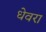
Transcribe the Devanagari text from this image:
धेवरा